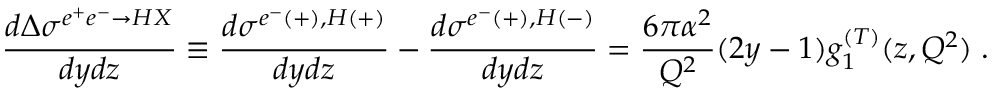
\frac { d \Delta \sigma ^ { e ^ { + } e ^ { - } \rightarrow H X } } { d y d z } \equiv \frac { d \sigma ^ { e ^ { - } ( + ) , H ( + ) } } { d y d z } - \frac { d \sigma ^ { e ^ { - } ( + ) , H ( - ) } } { d y d z } = \frac { 6 \pi \alpha ^ { 2 } } { Q ^ { 2 } } ( 2 y - 1 ) g _ { 1 } ^ { ( T ) } ( z , Q ^ { 2 } ) \; .